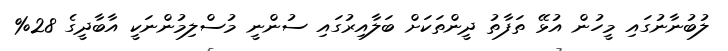
ލުބުނާނުގައި މީހުން އުޅޭ ތަފާތު ދީންތަކަށް ބަލާއިރުގައި ސުންނީ މުސްލިމުންނަކީ އާބާދީގެ 28%